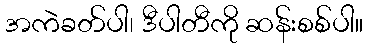
အကဲခတ်ပါ၊ ဒီပါတီကို ဆန်းစစ်ပါ။